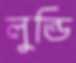
লুন্ডি